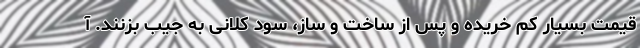
قیمت بسیار کم خریده و پس از ساخت و ساز، سود کلانی به جیب بزنند. آ